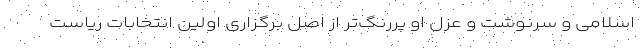
اسلامی و سرنوشت و عزل او پررنگ‌تر از اصل برگزاری اولین انتخابات ریاست